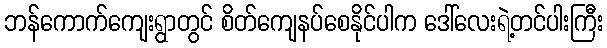
ဘန်ကောက်ကျေးရွာတွင် စိတ်ကျေနပ်စေနိုင်ပါက ဒေါ်လေးရဲ့တင်ပါးကြီး